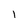
Character: 1